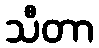
သီတာ